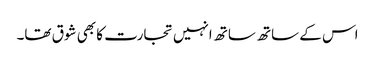
اس کے ساتھ ساتھ انہیں تجارت کا بھی شوق تھا۔